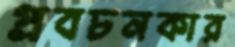
প্রবচনকার